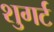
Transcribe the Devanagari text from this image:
शुगर्ट